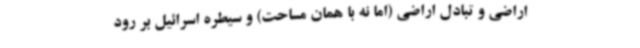
اراضی و تبادل اراضی (اما نه با همان مساحت) و سیطره اسرائیل بر رود